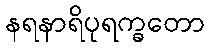
နရနာရိပုရက္ခတော